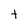
Character: t